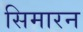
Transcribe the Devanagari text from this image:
सिमारन